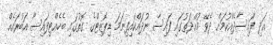
އަދި ފައިސާދެއްކުމަށް ދެވޭ މުއްދަތުގައި ފައިސާ ނުދައްކައިފިނަމަ ޑިޕޮޒިޓްގެ ގޮތުގައި ބެހެއްޓިފައިސާ އަބުރައެއް